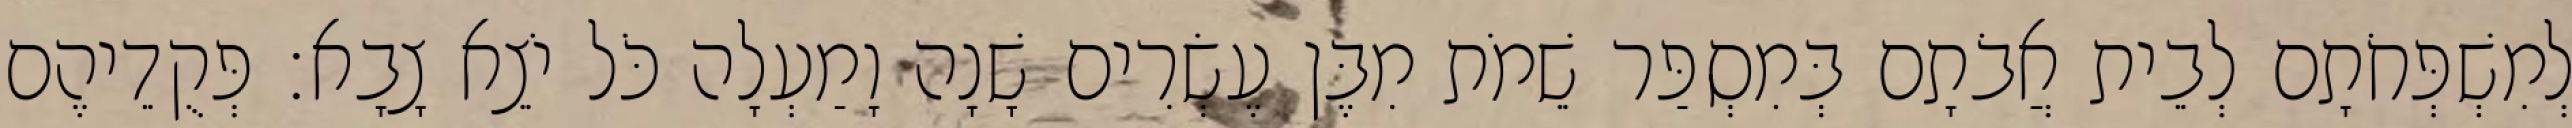
לְמִשְׁפְּחֹתָם לְבֵית אֲבֹתָם בְּמִסְפַּר שֵׁמֹת מִבֶּן עֶשְׂרִים שָׁנָה וָמַעְלָה כֹּל יֹצֵא צָבָא׃ פְּקֻדֵיהֶם